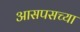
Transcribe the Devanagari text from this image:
आसपसच्या